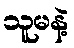
သူမနဲ့